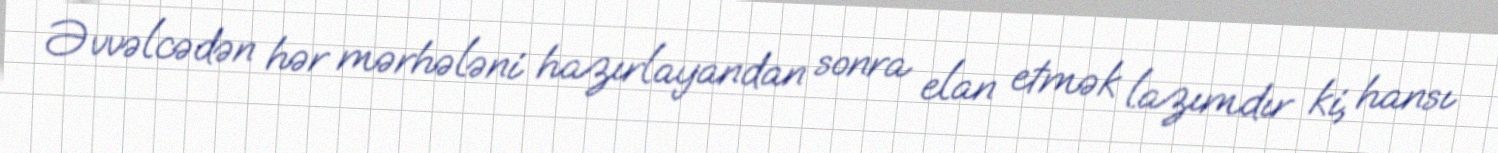
Əvvəlcədən hər mərhələni hazırlayandan sonra elan etmək lazımdır ki, hansı